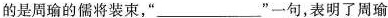
的是周瑜的儒将装束，”___”一句，表明了周瑜